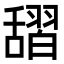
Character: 𦧱